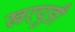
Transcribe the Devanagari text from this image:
खरपुडी